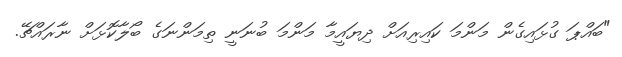
"ބައްޕަ ގުޅައިގެން މަންމަ ކައިރިއަށް ދިޔައީމާ މަންމަ ބުނަނީ ތިމަންނަގެ ބޯލާކޮޅަށް ނާރައްޗޭ.